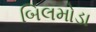
બિલમોડા